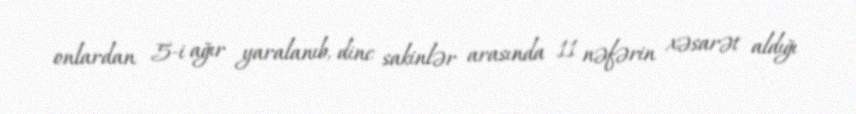
onlardan 5-i ağır yaralanıb, dinc sakinlər arasında 11 nəfərin xəsarət aldığı